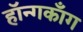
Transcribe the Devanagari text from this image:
हॉन्गकाँग